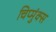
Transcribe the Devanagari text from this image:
चिप्मुंक्स